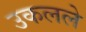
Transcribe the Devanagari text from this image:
उकलले